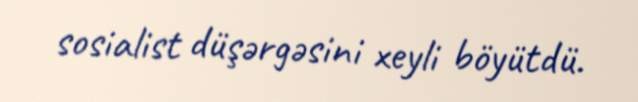
sosialist düşərgəsini xeyli böyütdü.